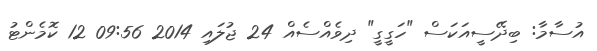
އުސާމާ: ބިދޭސީއަކަސް "ހަގީގީ" ދިވެއްސެއް 24 ޖުލައި 2014 09:56 12 ކޮމެންޓު